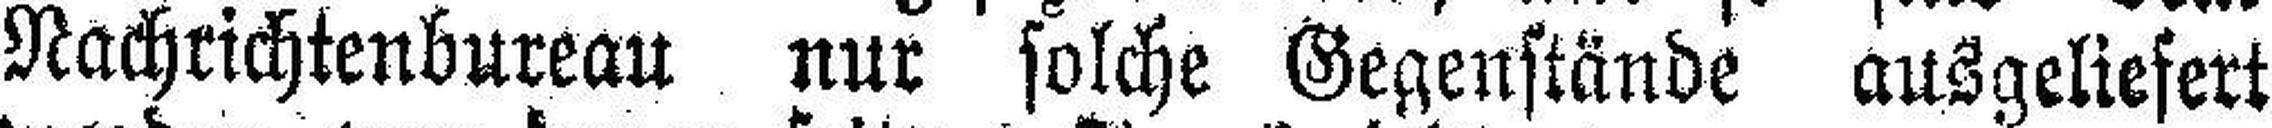
Nachrichtenbureau nur solche Gegenstände ausgeliefert